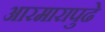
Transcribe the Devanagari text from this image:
आरमारापुढे